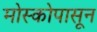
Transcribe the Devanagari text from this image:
मोस्कोपासून